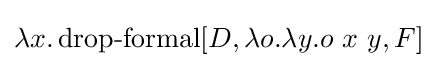
\lambda x.\operatorname {drop-formal} [D,\lambda o.\lambda y.o\ x\ y,F]